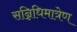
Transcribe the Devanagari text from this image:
सन्निधिमात्रेण